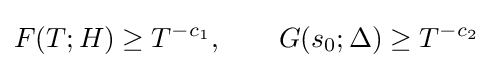
F(T;H)\geq T^{-c_{1}},\qquad G(s_{0};\Delta )\geq T^{-c_{2}}